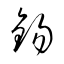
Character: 錫